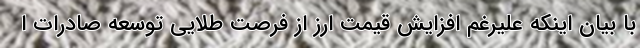
با بیان اینکه علیرغم افزایش قیمت ارز از فرصت طلایی توسعه صادرات ا